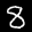
Label: 8